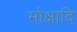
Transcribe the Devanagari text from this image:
मोक्षादि